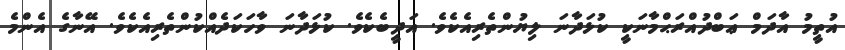
އުތީމު އާދަމް ޢަބްދުއްރަޙްމާނަކީ ކުޅަދާނަ ލިޔުންތެރިއެކެވެ. އަދީބެކެވެ. ކުޅަދާނަ ވާހަކަދެއްކުންތެރިއެކެވެ. އޭނާގެ އެންމެ